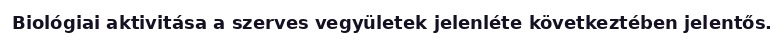
Biológiai aktivitása a szerves vegyületek jelenléte következtében jelentős.